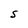
Character: S